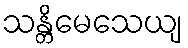
သန္တိမေသေယျ